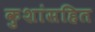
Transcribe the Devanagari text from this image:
कुशांसहित